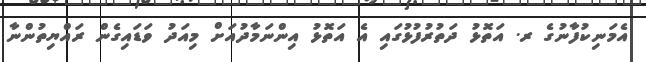
އެމަނިކުފާނުގެ ރ. އަތޮޅު ދަތުރުފުޅުގައި އެ އަތޮޅު އިންނަމާދުއަށް މިއަދު ވަޑައިގެން ރައްޔިތުންނާ